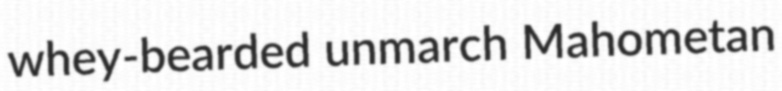
whey-bearded unmarch Mahometan